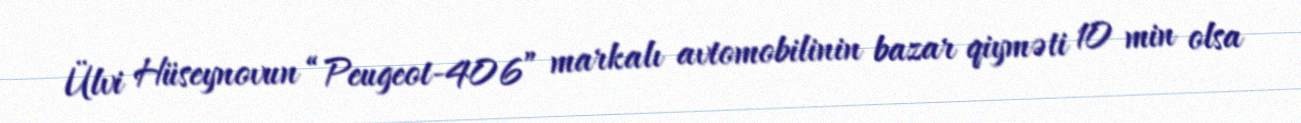
Ülvi Hüseynovun “Peugeot-406” markalı avtomobilinin bazar qiyməti 10 min olsa